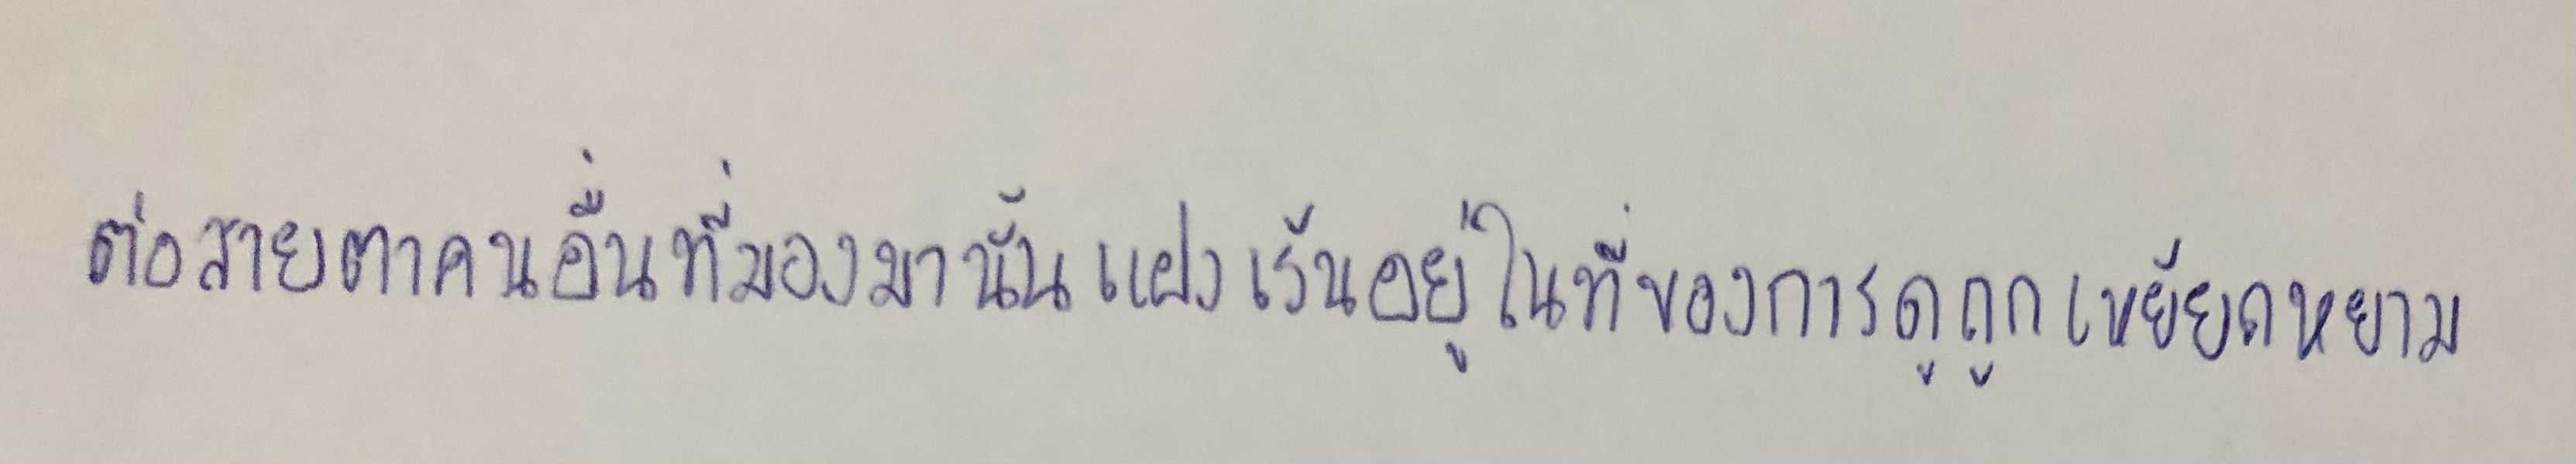
ต่อสายตาคนอื่นที่มองมานั้นแฝงเร้นอยู่ในที่ของการดูถูกเหยียดหยาม